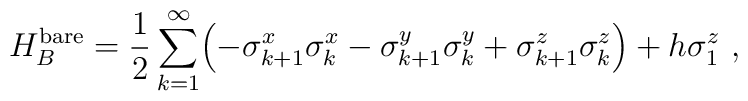
H_B^{\rm bare}=\frac{1}{2}\sum_{k=1}^{\infty}\Bigl(-\sigma^x_{k+1}\sigma^x_k-\sigma^y_{k+1}\sigma^y_k+\sigma^z_{k+1}\sigma^z_k\Bigr)+h\sigma^z_1~,